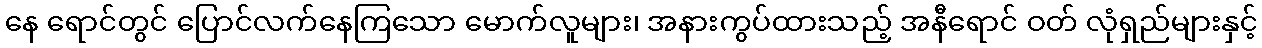
နေ ရောင်တွင် ပြောင်လက်နေကြသော မောက်လူများ၊ အနားကွပ်ထားသည့် အနီရောင် ဝတ် လုံရှည်များနှင့်